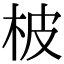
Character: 柀